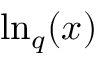
\ln _ { q } ( x )